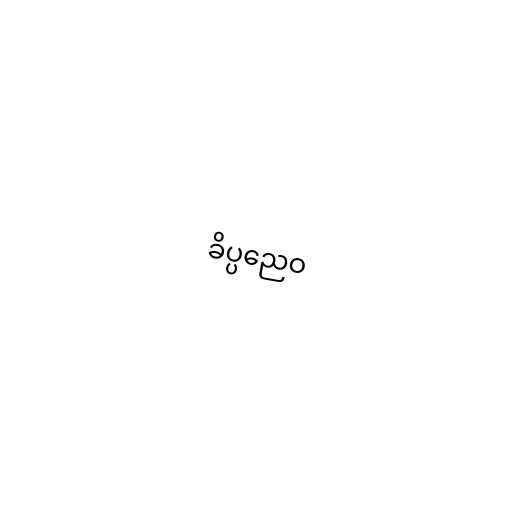
ခိပ္ပညေဝ